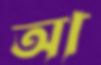
আ